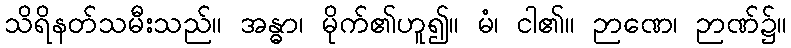
သိရိနတ်သမီးသည်။ အန္ဓာ၊ မိုက်၏ဟူ၍။ မံ၊ ငါ၏။ ဉာဏေ၊ ဉာဏ်၌။